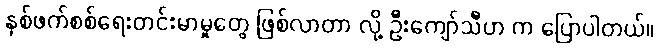
နှစ်ဖက်စစ်ရေးတင်းမာမှုတွေ ဖြစ်လာတာ လို့ ဦးကျော်သီဟ က ပြောပါတယ်။